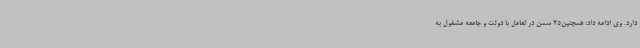
دارد. وی ادامه داد: همچنین25 سمن در تعامل با دولت و جامعه مشغول به